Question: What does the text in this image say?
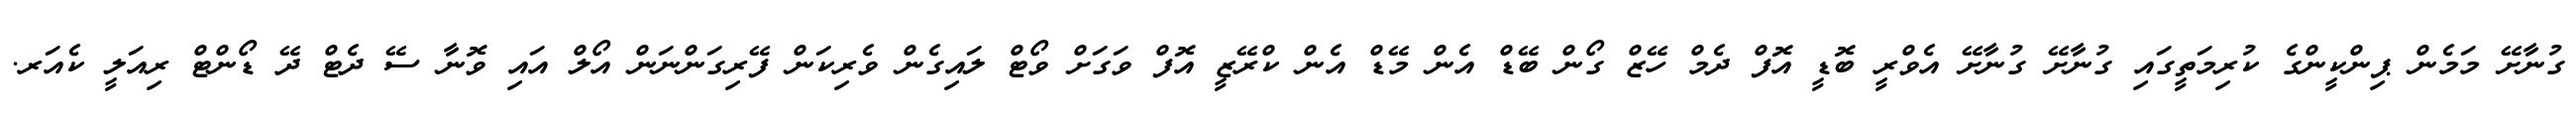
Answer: ގުނާށޭ މަމެން ޕިންކީންގެ ކުރިމަތީގައި ގުނާށޭ ގުނާށޭ އެވްރީ ބޮޑީ އޮފް ދެމް ހޭޒް ގޯން ބޭޑް އެން މޭޑް އެން ކްރޭޒީ އޮފް ވަގަށް ވޯޓް ލައިގެން ވެރިކަން ފޭރިގަންނަން އޯލް އައި ވޮނާ ސޭ ދެޓް ދޭ ޑޯންޓް ރިއަލީ ކެއަރ.